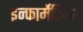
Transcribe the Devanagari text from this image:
इन्फार्मेटिक्स